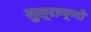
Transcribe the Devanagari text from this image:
सुत्राम्णो